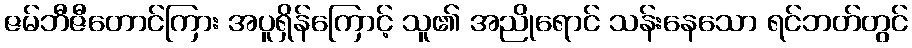
ဇမ်ဘီဇီတောင်ကြား အပူရှိန်ကြောင့် သူ၏ အညိုရောင် သန်းနေသော ရင်ဘတ်တွင်